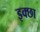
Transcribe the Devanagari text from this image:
इक्छा